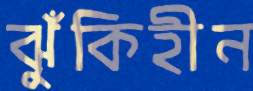
ঝুঁকিহীন